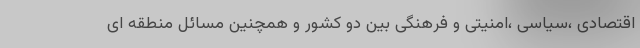
اقتصادی ،سیاسی ،امنیتی و فرهنگی بین دو کشور و همچنین مسائل منطقه ای